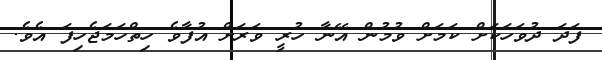
ފަދަ ދުވަހަކަށް ކަމަށް ވުމުން އޭނާ ހުރީ ވަރަށް އުފާވެ ހިތްހަމަޖެހިފަ އެވެ.